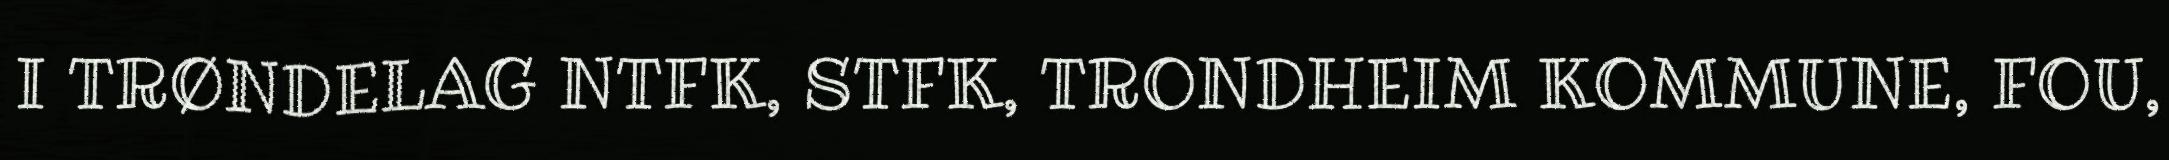
I TRØNDELAG NTFK, STFK, TRONDHEIM KOMMUNE, FOU,